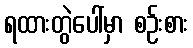
ရထားတွဲပေါ်မှာ စဉ်းစား